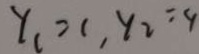
y _ { 1 } = 1 , y _ { 2 } = 4